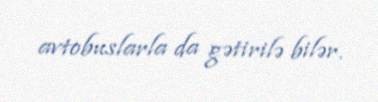
avtobuslarla da gətirilə bilər.